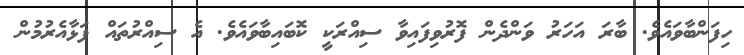
ހިފަންބާވައެވެ. ބާރަ އަހަރު ވަންދެން ފޮރުވިފައިވާ ސިއްރަކީ ކޮބައިބާވައެވެ. އެ ސިއްރުތައް ފަޅާއެރުމުން